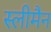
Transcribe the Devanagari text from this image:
स्‍लीमैन